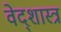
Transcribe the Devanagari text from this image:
वेद्शास्त्र